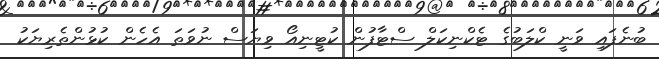
ބުނެފައި ވަނީ ކްލަބުގެ ޓެކްނިކަލް ސްޓާފުން ކުޓީނިއޯ ވިޔަސް ނުވަތަ އެހެން ކުޅުންތެރިޔަކު